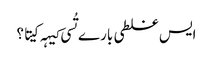
‏ ایس غلطی بارے تُسی کیہہ کیتا؟